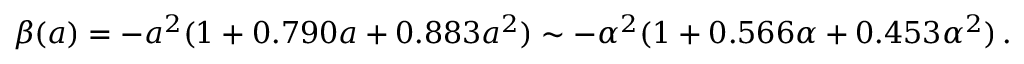
\beta ( a ) = - a ^ { 2 } ( 1 + 0 . 7 9 0 a + 0 . 8 8 3 a ^ { 2 } ) \sim - \alpha ^ { 2 } ( 1 + 0 . 5 6 6 \alpha + 0 . 4 5 3 \alpha ^ { 2 } ) \, .